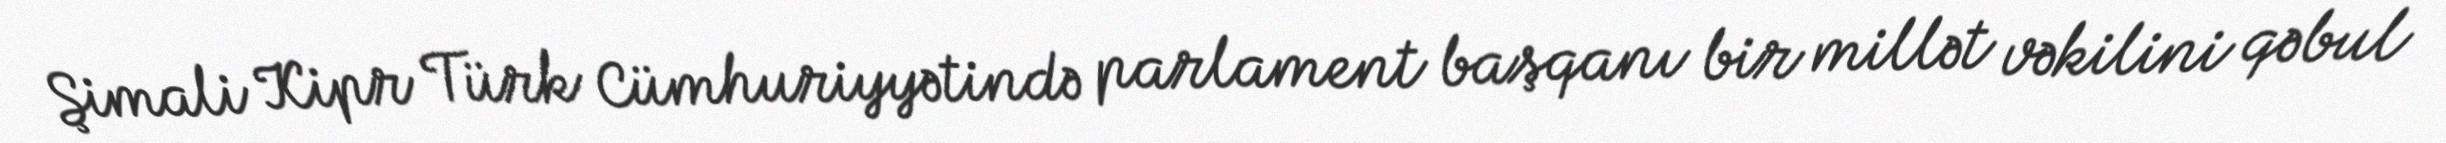
Şimali Kipr Türk Cümhuriyyətində parlament başqanı bir millət vəkilini qəbul